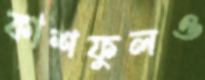
কাশফুলও